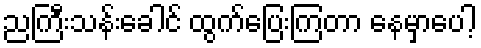
ညကြီးသန်းခေါင် ထွက်ပြေးကြတာ နေမှာပေါ့